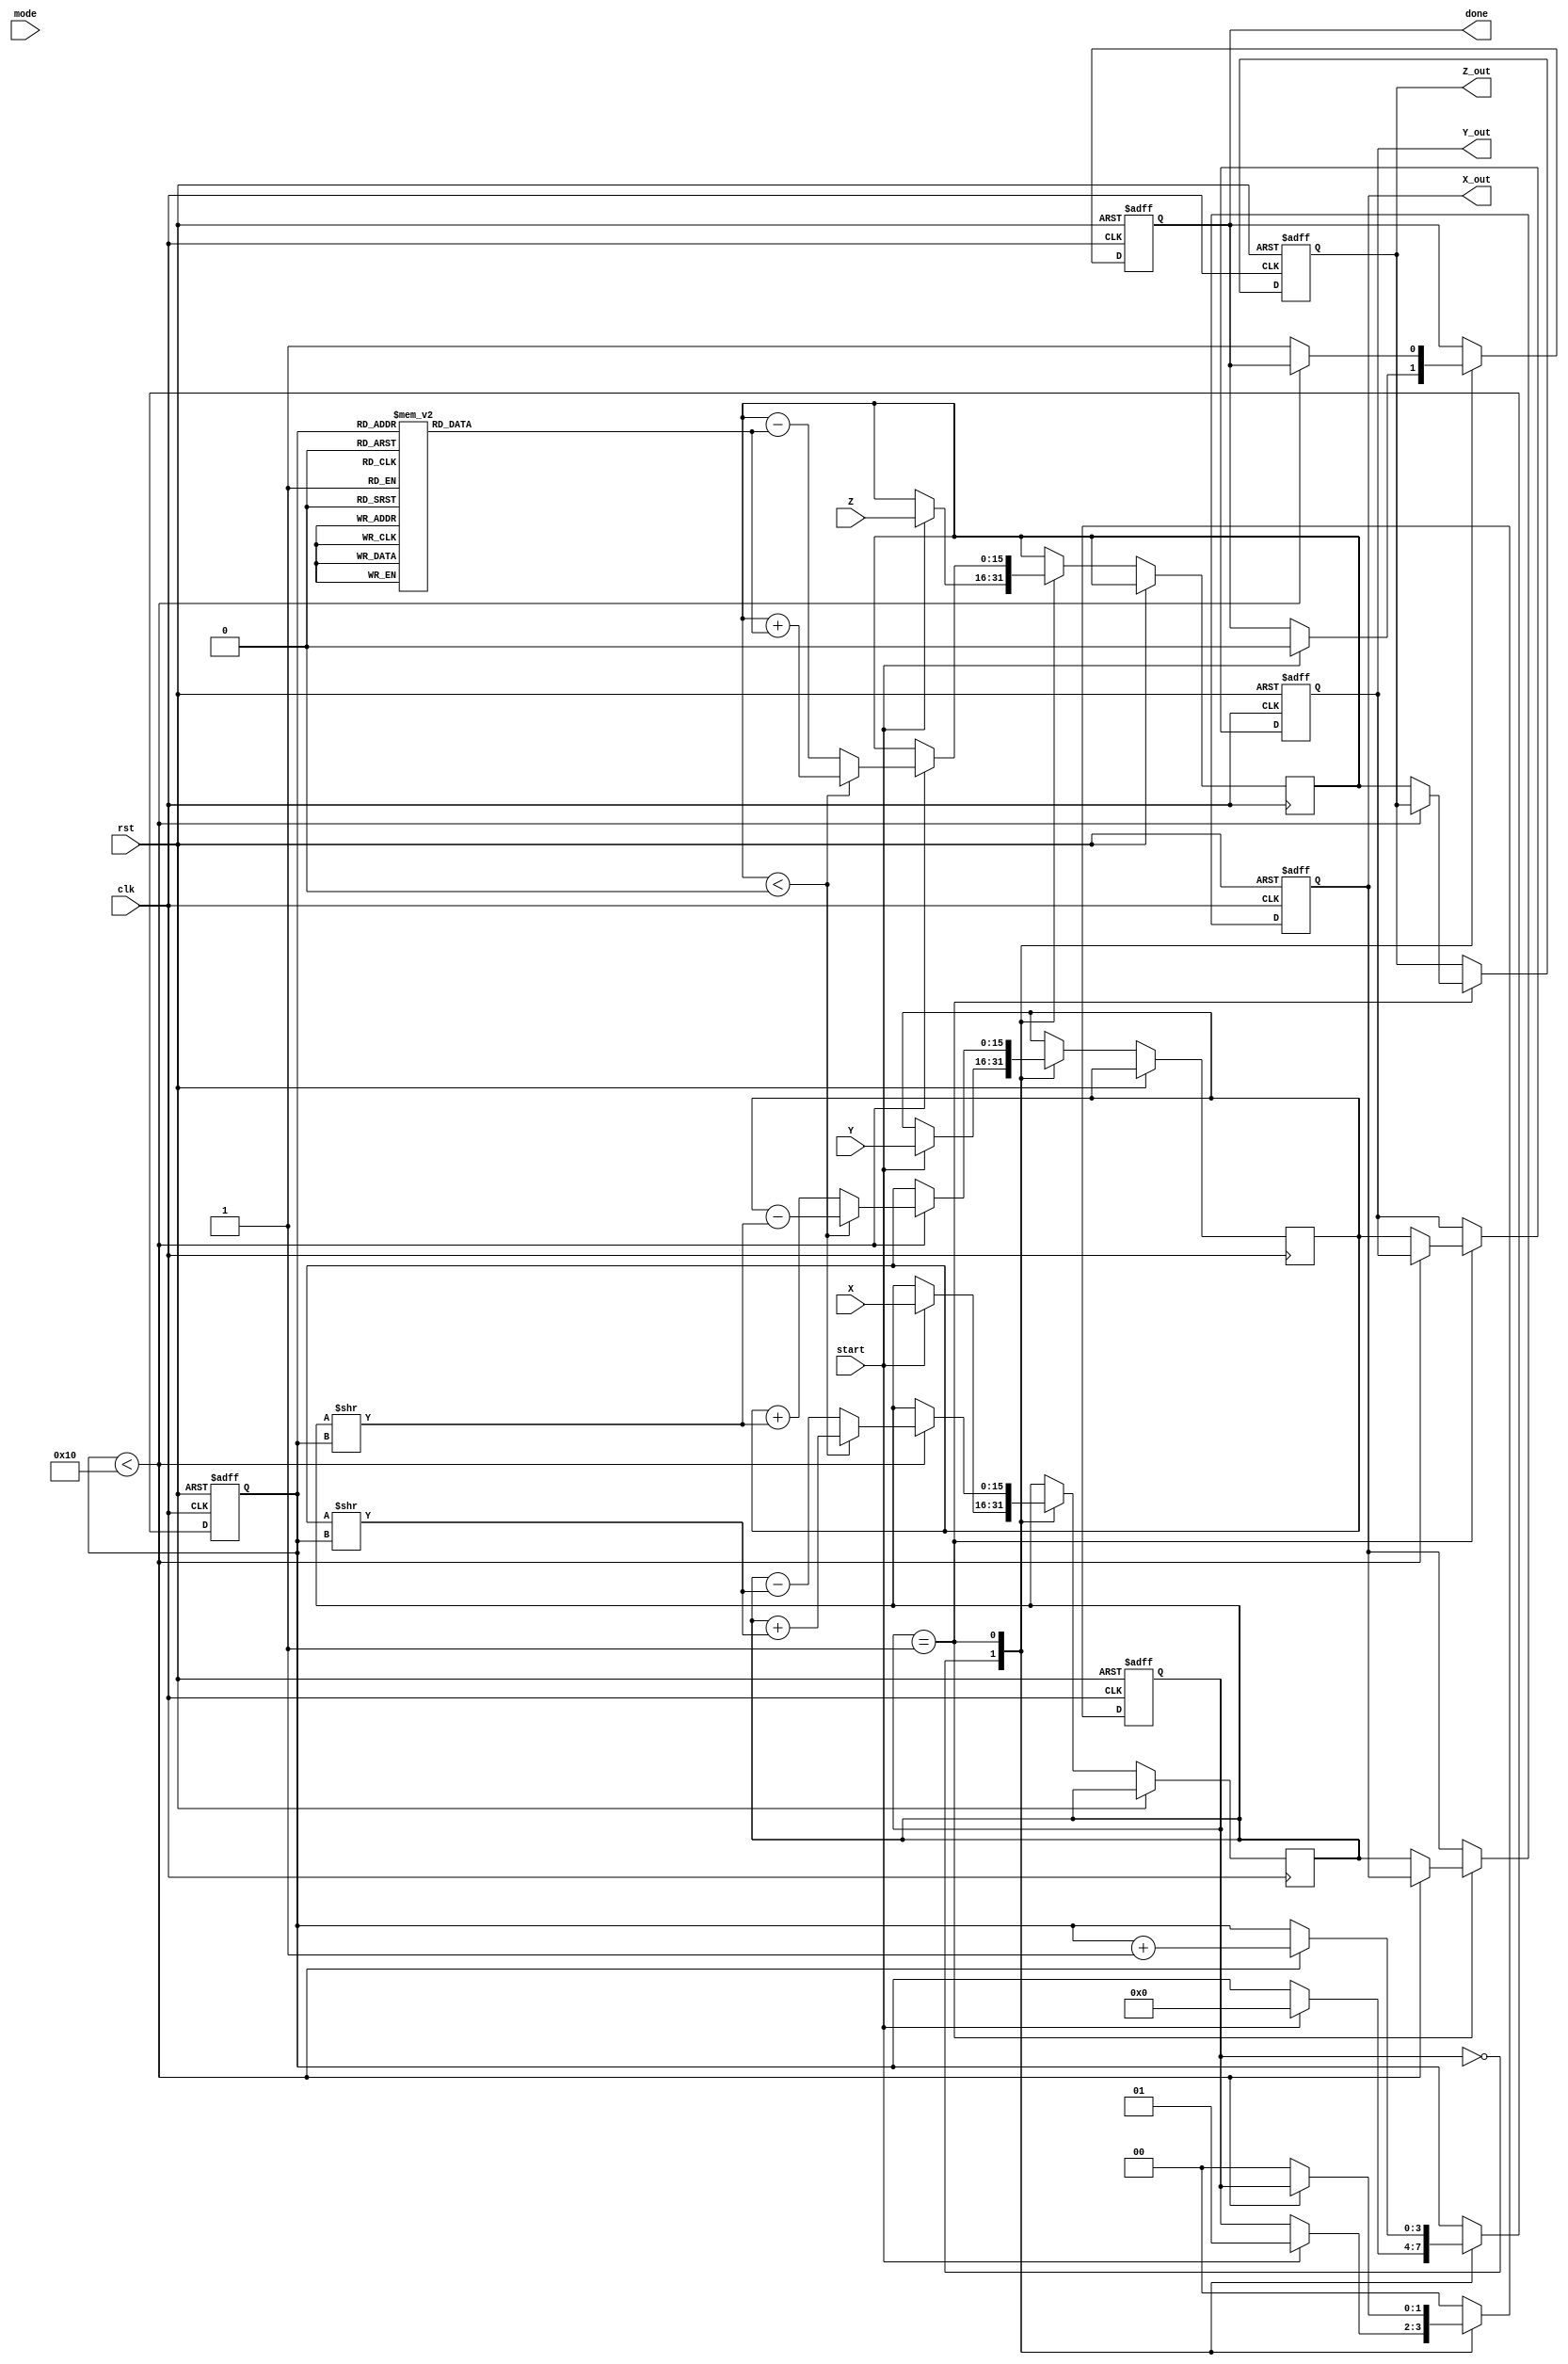
module CORDIC (
    input  wire signed [15:0] X,          // Input X-coordinate
    input  wire signed [15:0] Y,          // Input Y-coordinate
    input  wire signed [15:0] Z,          // Input angle
    input  wire [1:0] mode,               // Control signal for operation mode
    input  wire start,                     // Start signal
    input  wire clk,                       // Clock signal
    input  wire rst,                       // Reset signal
    output reg signed [15:0] X_out,       // Output X-coordinate
    output reg signed [15:0] Y_out,       // Output Y-coordinate
    output reg signed [15:0] Z_out,       // Output angle output
    output reg done                       // Done signal
);

// Constants
parameter NUM_ITERATIONS = 16; // Number of iterations for CORDIC
reg signed [15:0] arctan_table [0:NUM_ITERATIONS-1]; // Arctangent lookup table
reg [3:0] iteration_count; // Iteration counter
reg [1:0] state; // State variable for FSM

// Internal registers
reg signed [15:0] x_reg, y_reg, z_reg; // Registers for X, Y, Z values
reg signed [15:0] x_temp, y_temp;

// Initialize arctan lookup table
initial begin
    arctan_table[0] = 16'h0;    
    arctan_table[1] = 16'h20C;  // atan(2^-1)
    arctan_table[2] = 16'h105;  // atan(2^-2)
    arctan_table[3] = 16'h0A4;  // atan(2^-3)
    arctan_table[4] = 16'h052;  // atan(2^-4)
    arctan_table[5] = 16'h028;  // atan(2^-5)
    arctan_table[6] = 16'h014;  // atan(2^-6)
    arctan_table[7] = 16'h00A;  // atan(2^-7)
    // ... continue initializing the table as needed
end

// State machine for CORDIC computation
always @(posedge clk or posedge rst) begin
    if (rst) begin
        X_out <= 0;
        Y_out <= 0;
        Z_out <= 0;
        done <= 0;
        iteration_count <= 0;
        state <= 0;
    end else begin
        case (state)
            0: begin // Idle state
                if (start) begin
                    x_reg <= X;
                    y_reg <= Y;
                    z_reg <= Z;
                    iteration_count <= 0;
                    state <= 1; // Move to iteration state
                    done <= 0;
                end
            end
            1: begin // Iteration state
                if (iteration_count < NUM_ITERATIONS) begin
                    if (z_reg < 0) begin
                        x_temp = x_reg + (y_reg >> iteration_count);
                        y_temp = y_reg - (x_reg >> iteration_count);
                        z_reg = z_reg + arctan_table[iteration_count];
                    end else begin
                        x_temp = x_reg - (y_reg >> iteration_count);
                        y_temp = y_reg + (x_reg >> iteration_count);
                        z_reg = z_reg - arctan_table[iteration_count];
                    end
                    x_reg <= x_temp;
                    y_reg <= y_temp;
                    iteration_count <= iteration_count + 1;
                end else begin
                    X_out <= x_reg;
                    Y_out <= y_reg;
                    Z_out <= z_reg;
                    done <= 1;
                    state <= 0; // Return to idle state
                end
            end
            default: state <= 0; // Safety default
        endcase
    end
end

endmodule